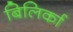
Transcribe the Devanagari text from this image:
बिलिर्का